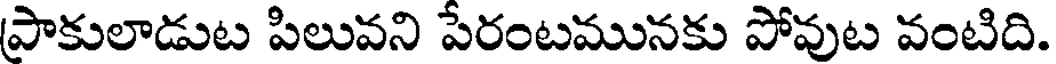
ప్రాకులాడుట పిలువని పేరంటమునకు పోవుట వంటిది.